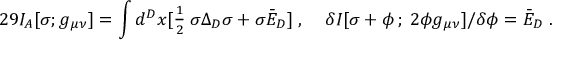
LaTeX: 2 9 I _ { A } [ \sigma ; g _ { \mu \nu } ] = \int d ^ { D } x [ \textstyle { \frac { 1 } { 2 } } \: \sigma \Delta _ { D } \sigma + \sigma \bar { { \cal E } } _ { D } ] \; , \; \; \; \; \delta I [ \sigma + \phi \, ; \: 2 \phi g _ { \mu \nu } ] / \delta \phi = \bar { \cal E } _ { D } \; .